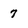
Character: 7